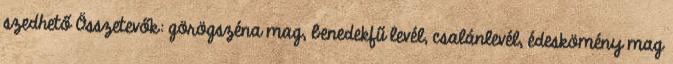
szedhető Összetevők: görögszéna mag, benedekfű levél, csalánlevél, édeskömény mag